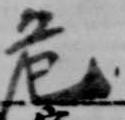
危